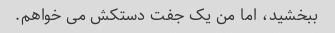
ببخشید، اما من یک جفت دستکش می خواهم.